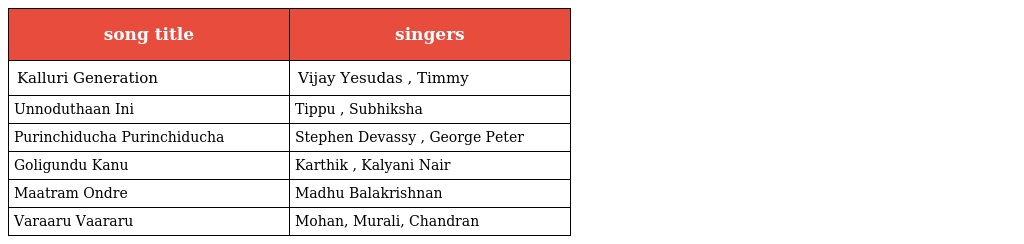
| song title | singers |
 | --- | --- |
 | Kalluri Generation | Vijay Yesudas , Timmy |
 | Unnoduthaan Ini | Tippu , Subhiksha |
 | Purinchiducha Purinchiducha | Stephen Devassy , George Peter |
 | Goligundu Kanu | Karthik , Kalyani Nair |
 | Maatram Ondre | Madhu Balakrishnan |
 | Varaaru Vaararu | Mohan, Murali, Chandran |